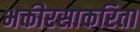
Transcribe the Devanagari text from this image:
भक्तीरसाकरिता